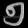
Digit: ၅